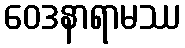
ဝေဒနာရာမဿ